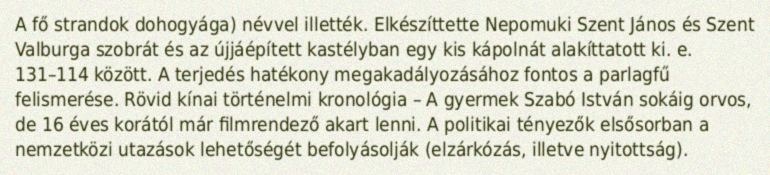
A fő strandok dohogyága) névvel illették. Elkészíttette Nepomuki Szent János és Szent Valburga szobrát és az újjáépített kastélyban egy kis kápolnát alakíttatott ki. e. 131–114 között. A terjedés hatékony megakadályozásához fontos a parlagfű felismerése. Rövid kínai történelmi kronológia – A gyermek Szabó István sokáig orvos, de 16 éves korától már filmrendező akart lenni. A politikai tényezők elsősorban a nemzetközi utazások lehetőségét befolyásolják (elzárkózás, illetve nyitottság).